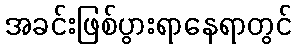
အခင်းဖြစ်ပွားရာနေရာတွင်